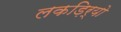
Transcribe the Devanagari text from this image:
लकड़िर्यो